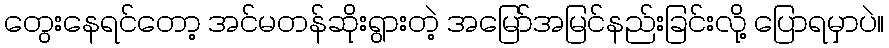
တွေးနေရင်တော့ အင်မတန်ဆိုးရွားတဲ့ အမြော်အမြင်နည်းခြင်းလို့ ပြောရမှာပဲ။